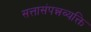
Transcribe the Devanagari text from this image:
सत्तासंपन्नव्यक्ति